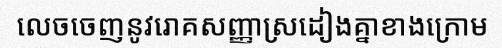
លេចចេញនូវរោគសញ្ញាស្រដៀងគ្នាខាងក្រោម